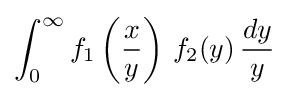
\int _{0}^{\infty }f_{1}\left({\frac {x}{y}}\right)\,f_{2}(y)\,{\frac {dy}{y}}